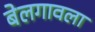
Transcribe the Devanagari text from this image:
बेलगावला